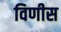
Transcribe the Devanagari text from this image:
विणीस